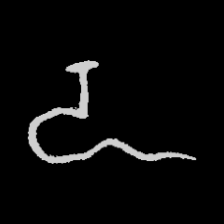
Pyu character \u2014 Myanmar letter: ဍ (romanized: dda)